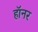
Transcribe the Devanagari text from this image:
हॉनर